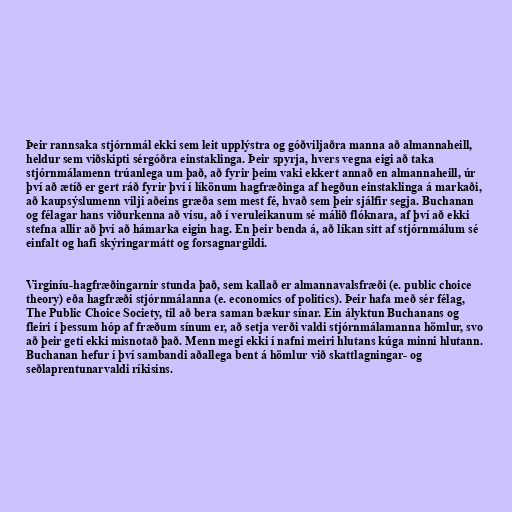
Þeir rannsaka stjórnmál ekki sem leit upplýstra og góðviljaðra manna að almannaheill,
heldur sem viðskipti sérgóðra einstaklinga. Þeir spyrja, hvers vegna eigi að taka
stjórnmálamenn trúanlega um það, að fyrir þeim vaki ekkert annað en almannaheill, úr
því að ætíð er gert ráð fyrir því í líkönum hagfræðinga af hegðun einstaklinga á markaði,
að kaupsýslumenn vilji aðeins græða sem mest fé, hvað sem þeir sjálfir segja. Buchanan
og félagar hans viðurkenna að vísu, að í veruleikanum sé málið flóknara, af því að ekki
stefna allir að því að hámarka eigin hag. En þeir benda á, að líkan sitt af stjórnmálum sé
einfalt og hafi skýringarmátt og forsagnargildi.

Virginíu-hagfræðingarnir stunda það, sem kallað er almannavalsfræði (e. public choice
theory) eða hagfræði stjórnmálanna (e. economics of politics). Þeir hafa með sér félag,
The Public Choice Society, til að bera saman bækur sínar. Ein ályktun Buchanans og
fleiri í þessum hóp af fræðum sínum er, að setja verði valdi stjórnmálamanna hömlur, svo
að þeir geti ekki misnotað það. Menn megi ekki í nafni meiri hlutans kúga minni hlutann.
Buchanan hefur í því sambandi aðallega bent á hömlur við skattlagningar- og
seðlaprentunarvaldi ríkisins.